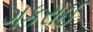
ગકરાઈ